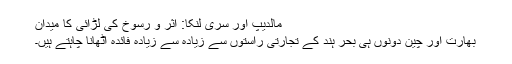
مالدیپ اور سری لنکا: اثر و رسوخ کی لڑائی کا میدان
بھارت اور چین دونوں ہی بحر ہند کے تجارتی راستوں سے زیادہ سے زیادہ فائدہ اٹھانا چاہتے ہیں۔